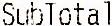
SUBTOTAL